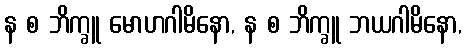
န စ ဘိက္ခူ မောဟဂါမိနော, န စ ဘိက္ခူ ဘယဂါမိနော,